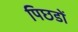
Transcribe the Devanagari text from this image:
पिछडों